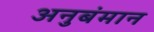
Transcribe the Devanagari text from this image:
अनुबंमान